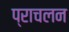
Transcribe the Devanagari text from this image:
प्राचलन